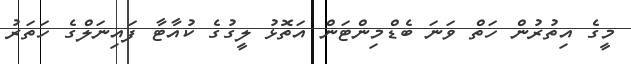
މީގެ އިތުރުން ހަތް ވަނަ ބެޑްމިންޓަން އަތޮޅު ލީގުގެ ކުއާޓާ ފައިނަލްގެ ހަތަރު